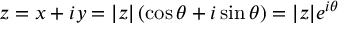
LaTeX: z = x + i y = | z | \left( \cos \theta + i \sin \theta \right) = | z | e ^ { i \theta }